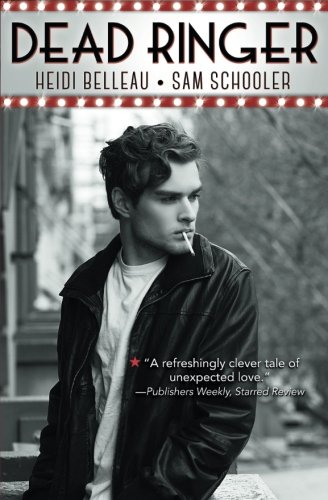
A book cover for Dead Ringer; Heidi Belleau; Romance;